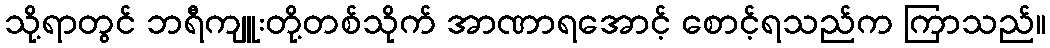
သို့ရာတွင် ဘရီကျူးတို့တစ်သိုက် အာဏာရအောင့် စောင့်ရသည်က ကြာသည်။